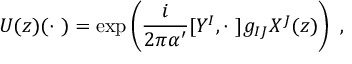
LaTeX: U ( z ) ( \cdot \ ) = \exp \left( \frac { i } { 2 \pi \alpha ^ { \prime } } [ Y ^ { I } , \cdot \ ] g _ { I J } X ^ { J } ( z ) \right) \ ,